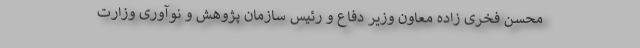
محسن فخری زاده معاون وزیر دفاع و رئیس سازمان پژوهش و نوآوری وزارت